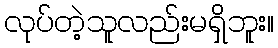
လုပ်တဲ့သူလည်းမရှိဘူး။